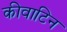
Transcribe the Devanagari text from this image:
कीवाटिन